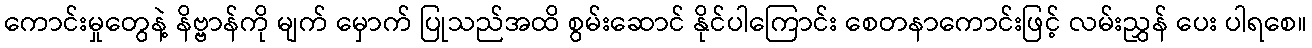
ကောင်းမှုတွေနဲ့ နိဗ္ဗာန်ကို မျက် မှောက် ပြုသည်အထိ စွမ်းဆောင် နိုင်ပါကြောင်း စေတနာကောင်းဖြင့် လမ်းညွှန် ပေး ပါရစေ။